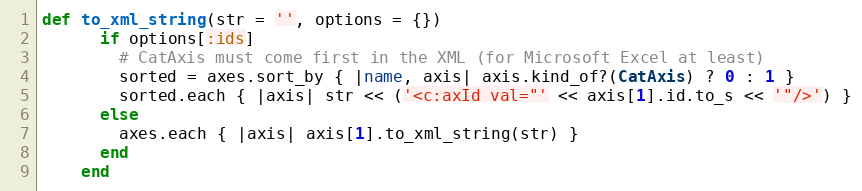
Language: Ruby
def to_xml_string(str = '', options = {})
      if options[:ids]
        # CatAxis must come first in the XML (for Microsoft Excel at least)
        sorted = axes.sort_by { |name, axis| axis.kind_of?(CatAxis) ? 0 : 1 }
        sorted.each { |axis| str << ('<c:axId val="' << axis[1].id.to_s << '"/>') }
      else
        axes.each { |axis| axis[1].to_xml_string(str) }
      end
    end